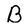
Character: B